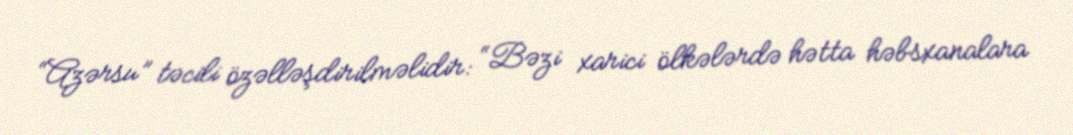
“Azərsu” təcili özəlləşdirilməlidir: “Bəzi xarici ölkələrdə hətta həbsxanalara